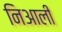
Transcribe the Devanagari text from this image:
निआली